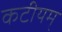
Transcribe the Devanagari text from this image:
कटीयम्